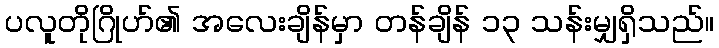
ပလူတိုဂြိုဟ်၏ အလေးချိန်မှာ တန်ချိန် ၁၃ သန်းမျှရှိသည်။